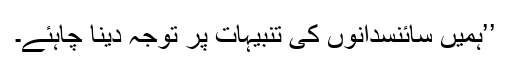
’’ہميں سائنسدانوں کی تنبيہات پر توجہ دينا چاہئے۔